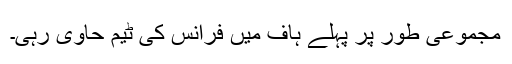
مجموعی طور پر پہلے ہاف میں فرانس کی ٹیم حاوی رہی۔